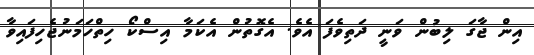
އިން ޖާގަ ލިބުން ވަނީ ދަތިވެފަ އެވެ. އެގޮތުން އެކަމާ އިސްކޯ ހިތްހަމަނުޖެހިފައިވާ